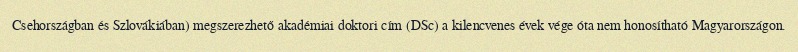
Csehországban és Szlovákiában) megszerezhető akadémiai doktori cím (DSc) a kilencvenes évek vége óta nem honosítható Magyarországon.